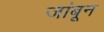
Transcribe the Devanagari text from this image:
जांबून